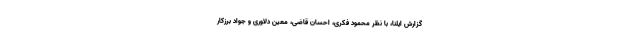
گزارش ایلنا، با نظر محمود فکری، احسان قاضی، معین دلاوری و جواد برزکار